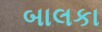
બાલકા